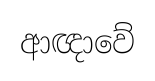
ආඥාවේ